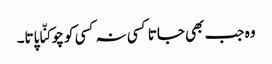
وہ جب بھی جاتا کسی نہ کسی کو چوکنّا پاتا۔